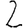
Digit: 2